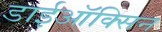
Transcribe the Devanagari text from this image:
डाईऑक्सिन